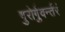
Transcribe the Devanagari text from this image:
गुरोर्गुवर्न्तरं